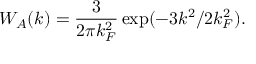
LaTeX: W _ { A } ( k ) = \frac { 3 } { 2 \pi k _ { F } ^ { 2 } } \exp ( - 3 k ^ { 2 } / 2 k _ { F } ^ { 2 } ) .